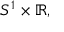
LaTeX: S ^ { 1 } \times \mathbb { R } ,